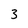
Character: 3